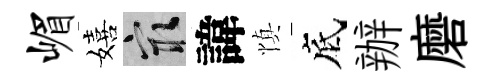
嵋嬉冣諱慎底辦磨